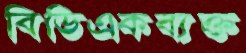
বিডিএকব্যক্ত